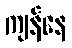
ကျန်နေ